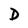
Character: D